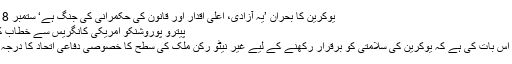
یوکرین کا بحران ’یہ آزادی، اعلیٰ اقدار اور قانون کی حکمرانی کی جنگ ہے‘ ستمبر 18, 2014
پیترو پوروشنکو امریکی کانگریس سے خطاب کے دوران
’ضرورت اِس بات کی ہے کہ یوکرین کی سلامتی کو برقرار رکھنے کے لیے غیر نیٹو رُکن ملک کی سطح کا خصوصی دفاعی اتحاد کا درجہ دیا جائے۔